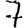
Digit: 7